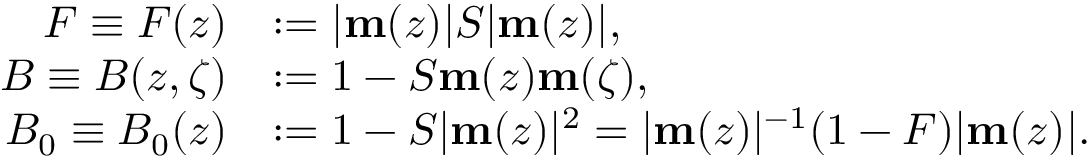
\begin{array} { r l } { F \equiv F ( z ) } & { : = | \mathbf { m } ( z ) | S | \mathbf { m } ( z ) | , } \\ { B \equiv B ( z , \zeta ) } & { : = 1 - S \mathbf { m } ( z ) \mathbf { m } ( \zeta ) , } \\ { B _ { 0 } \equiv B _ { 0 } ( z ) } & { : = 1 - S | \mathbf { m } ( z ) | ^ { 2 } = | \mathbf { m } ( z ) | ^ { - 1 } ( 1 - F ) | \mathbf { m } ( z ) | . } \end{array}